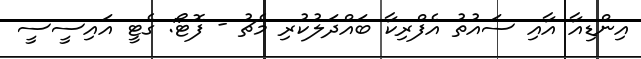
އިންޑިއާ އާއި ސައުތު އެފްރިކާ ބައްދަލުކުރި މެޗު - ފޮޓޯ: ގެޓީ އައިސީސީ